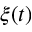
\xi ( t )